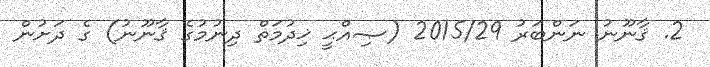
2. ޤާނޫނު ނަންބަރު 2015/29 (ޞިއްޙީ ޚިދުމަތް ދިނުމުގެ ޤާނޫނު) ގެ ދަށުން